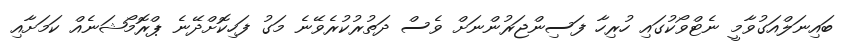
ބައިނަލްއަގުވާމީ ނެޓްވޯކުގައި ހުރިހާ ފަސިންޖަރުންނަށް ވެސް ދަތުރުކުރެވޭނެ މަގު ފަހިކޮށްދޭނެ ޕްރޮމޯޝަނެއް ކަމަށާއި